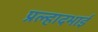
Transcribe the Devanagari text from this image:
प्रल्हादभाई